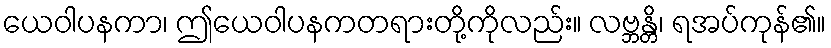
ယေဝါပနကာ၊ ဤယေဝါပနကတရားတို့ကိုလည်း။ လဗ္ဘန္တိ၊ ရအပ်ကုန်၏။